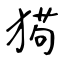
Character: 㺃